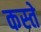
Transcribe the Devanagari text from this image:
कस्‍ते